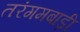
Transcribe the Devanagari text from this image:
तरंगमबाड़ी